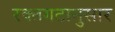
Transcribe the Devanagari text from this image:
रक्तगटानुसार